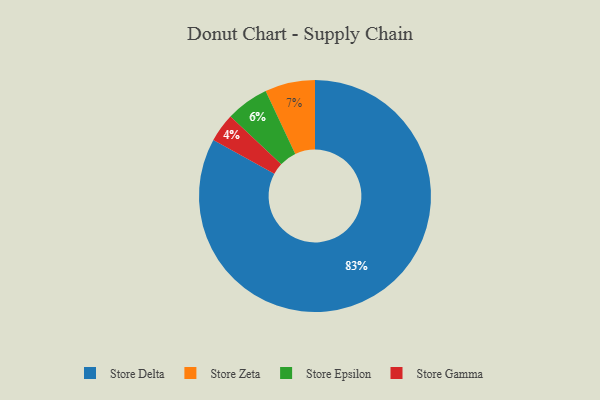
{"axis": {"x": "Category", "y": "Percentage"}, "legend": ["Store Delta", "Store Epsilon", "Store Gamma", "Store Zeta"], "data": [{"x": "Store Zeta", "y": 7, "type": "Store Zeta"}, {"x": "Store Delta", "y": 83, "type": "Store Delta"}, {"x": "Store Epsilon", "y": 6, "type": "Store Epsilon"}, {"x": "Store Gamma", "y": 4, "type": "Store Gamma"}]}